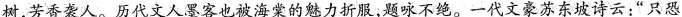
树，芳香袭人。历代文人墨客也被海棠的魅力折服；题咏不绝。一代文豪苏东坡诗云：”只恐